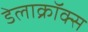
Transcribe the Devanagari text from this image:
डेलाक्रॉक्स